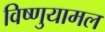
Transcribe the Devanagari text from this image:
विष्णुयामल